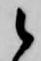
候